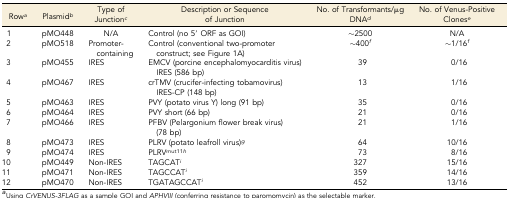
<table><thead><tr><td><b>Row<i><sup>a</sup></i></b></td><td><b>Plasmid<i><sup>b</sup></i></b></td><td><b>Type of Junction<i><sup>c</sup></i></b></td><td><b>Description or Sequence of Junction</b></td><td><b>No. of Transformants/μg DNA<i><sup>d</sup></i></b></td><td><b>No. of Venus-Positive Clones<i><sup>e</sup></i></b></td></tr></thead><tbody><tr><td>1</td><td>pMO448</td><td>N/A</td><td>Control (no 5′ ORF as GOI)</td><td>∼2500</td><td>N/A</td></tr><tr><td>2</td><td>pMO518</td><td>Promoter-containing</td><td>Control (conventional two-promoter construct; see Figure 1A)</td><td>∼400<i><sup>f</sup></i></td><td>∼1/16<i><sup>f</sup></i></td></tr><tr><td>3</td><td>pMO455</td><td>IRES</td><td>EMCV (porcine encephalomyocarditis virus) IRES (586 bp)</td><td>39</td><td>0/16</td></tr><tr><td>4</td><td>pMO467</td><td>IRES</td><td>crTMV (crucifer-infecting tobamovirus) IRES-CP (148 bp)</td><td>13</td><td>1/16</td></tr><tr><td>5</td><td>pMO463</td><td>IRES</td><td>PVY (potato virus Y) long (91 bp)</td><td>35</td><td>0/16</td></tr><tr><td>6</td><td>pMO464</td><td>IRES</td><td>PVY short (66 bp)</td><td>21</td><td>0/16</td></tr><tr><td>7</td><td>pMO466</td><td>IRES</td><td>PFBV (Pelargonium flower break virus) (78 bp)</td><td>21</td><td>1/16</td></tr><tr><td>8</td><td>pMO473</td><td>IRES</td><td>PLRV (potato leafroll virus)<i><sup>g</sup></i></td><td>64</td><td>10/16</td></tr><tr><td>9</td><td>pMO474</td><td>IRES</td><td>PLRV<sup>mut11</sup><i><sup>h</sup></i></td><td>73</td><td>8/16</td></tr><tr><td>10</td><td>pMO449</td><td>Non-IRES</td><td>TAGCAT<i><sup>i</sup></i></td><td>327</td><td>15/16</td></tr><tr><td>11</td><td>pMO471</td><td>Non-IRES</td><td>TAGCCAT<i><sup>i</sup></i></td><td>359</td><td>14/16</td></tr><tr><td>12</td><td>pMO470</td><td>Non-IRES</td><td>TGATAGCCAT<i><sup>i</sup></i></td><td>452</td><td>13/16</td></tr></tbody></table>